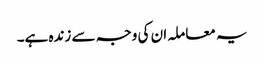
یہ معاملہ ان کی وجہ سے زندہ ہے۔